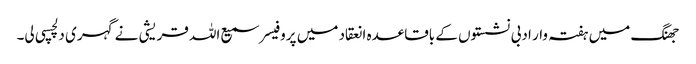
جھنگ میں ہفتہ وار ادبی نشستوں کے باقاعدہ انعقاد میں پروفیسر سمیع اللہ قریشی نے گہری دلچسپی لی۔